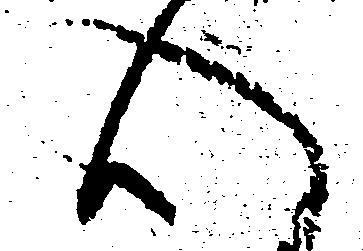
心